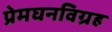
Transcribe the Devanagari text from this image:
प्रेमघनविग्रह